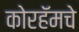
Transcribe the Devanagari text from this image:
कोरहॅमचे